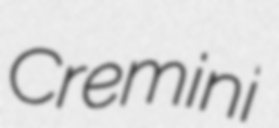
Cremini